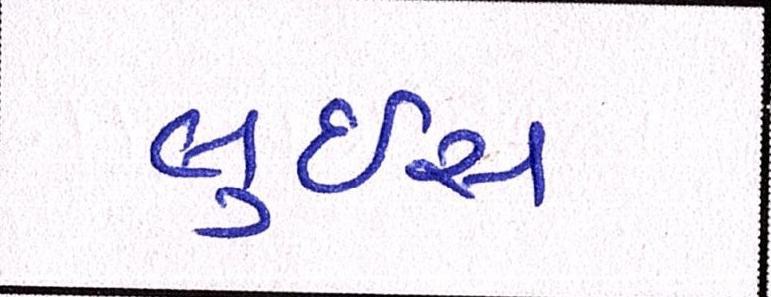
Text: લુઇસ